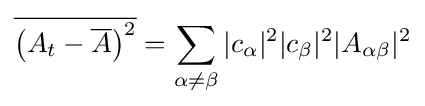
{\overline {\left(A_{t}-{\overline {A}}\right)^{2}}}=\sum _{\alpha \neq \beta }|c_{\alpha }|^{2}|c_{\beta }|^{2}|A_{\alpha \beta }|^{2}